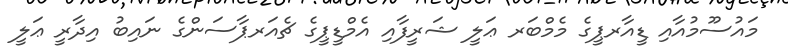
މައުސޫމުއާއި ޑީއާރޕީގެ މެމްބަރ ޢަލީ ޝަރީފާއި އެމްޑީޕީގެ ޗެއަރޕާސަންގެ ނައިބު އިދާރީ ޢަލީ